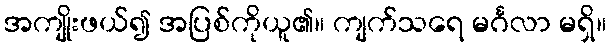
အကျိုးဖယ်၍ အပြစ်ကိုယူ၏။ ကျက်သရေ မင်္ဂလာ မရှိ။